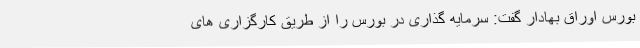
بورس اوراق بهادار گفت: سرمایه گذاری در بورس را از طریق کارگزاری های